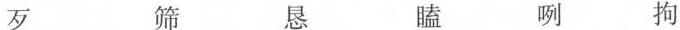
歹 筛 恳 瞌 咧 拘